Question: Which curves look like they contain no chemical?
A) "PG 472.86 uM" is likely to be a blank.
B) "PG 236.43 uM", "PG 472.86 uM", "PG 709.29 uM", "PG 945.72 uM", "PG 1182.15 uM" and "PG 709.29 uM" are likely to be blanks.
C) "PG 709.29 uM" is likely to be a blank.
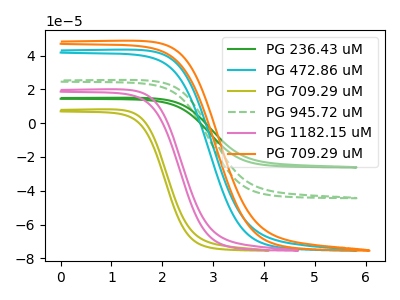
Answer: <think>The green curve "PG 236.43 uM" has no peaks. The cyan curve "PG 472.86 uM" has no peaks. The olive curve "PG 709.29 uM" has no peaks. The green dashed curve "PG 945.72 uM" has no peaks. The pink curve "PG 1182.15 uM" has no peaks. The orange curve "PG 709.29 uM" has no peaks.</think>
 <answer>B) "PG 236.43 uM", "PG 472.86 uM", "PG 709.29 uM", "PG 945.72 uM", "PG 1182.15 uM" and "PG 709.29 uM" are likely to be blanks.</answer>
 <eval>B</eval>